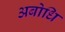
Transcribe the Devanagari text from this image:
अबोधि